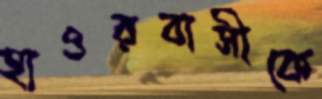
হাওরবাসীকে